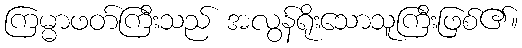
ကြမ္မာဖတ်ကြီးသည် အလွန်ရိုးသောသူကြီးဖြစ်၏။